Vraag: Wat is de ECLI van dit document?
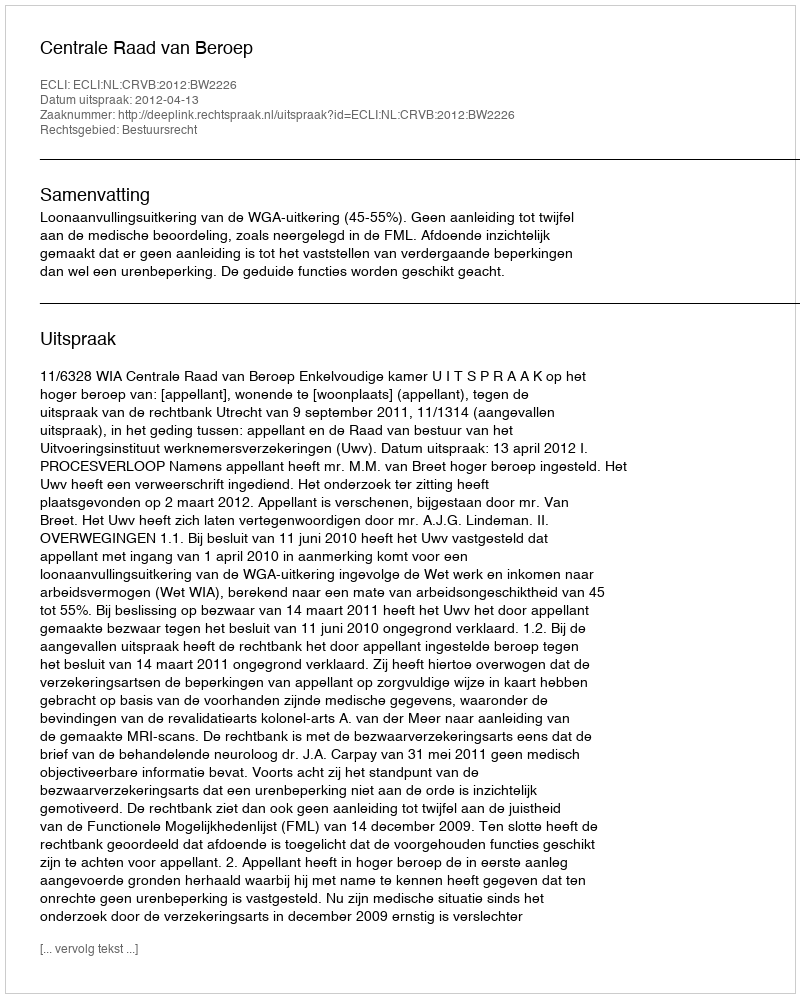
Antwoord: ECLI:NL:CRVB:2012:BW2226